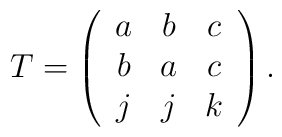
T=\left(\begin{array}{ccc}a & b & c \\b & a & c \\j & j & k\end{array}\right) .